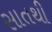
સાતથી